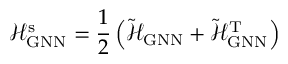
\mathcal { H } _ { \mathrm { G N N } } ^ { \mathrm { s } } = \frac { 1 } { 2 } \left( \tilde { \mathcal { H } } _ { \mathrm { G N N } } + \tilde { \mathcal { H } } _ { \mathrm { G N N } } ^ { \mathrm { T } } \right)